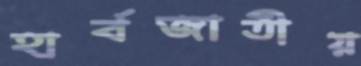
হার্বজাতীয়